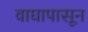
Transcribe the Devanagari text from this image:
वाघापासून